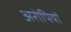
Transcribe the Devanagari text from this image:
अरोपियों